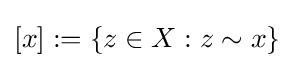
[x]:=\{z\in X:z\sim x\}